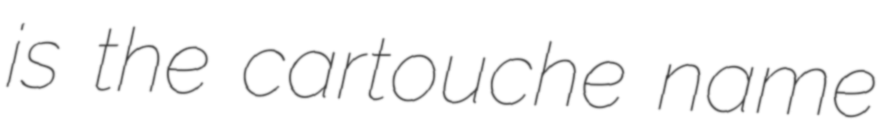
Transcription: is the cartouche name